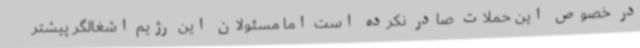
در خصوص این حملات صادر نکرده است اما مسئولان این رژیم اشغالگر پیشتر